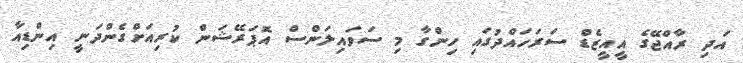
އަދި ރާއްޖޭގެ އީއީޒެޑް ސަރަހައްދުގައި ހިންގާ މި ސަވައިލަންސް އޮޕަރޭޝަން ކުރިއަށްގެންދަނީ އިންޑިއާ